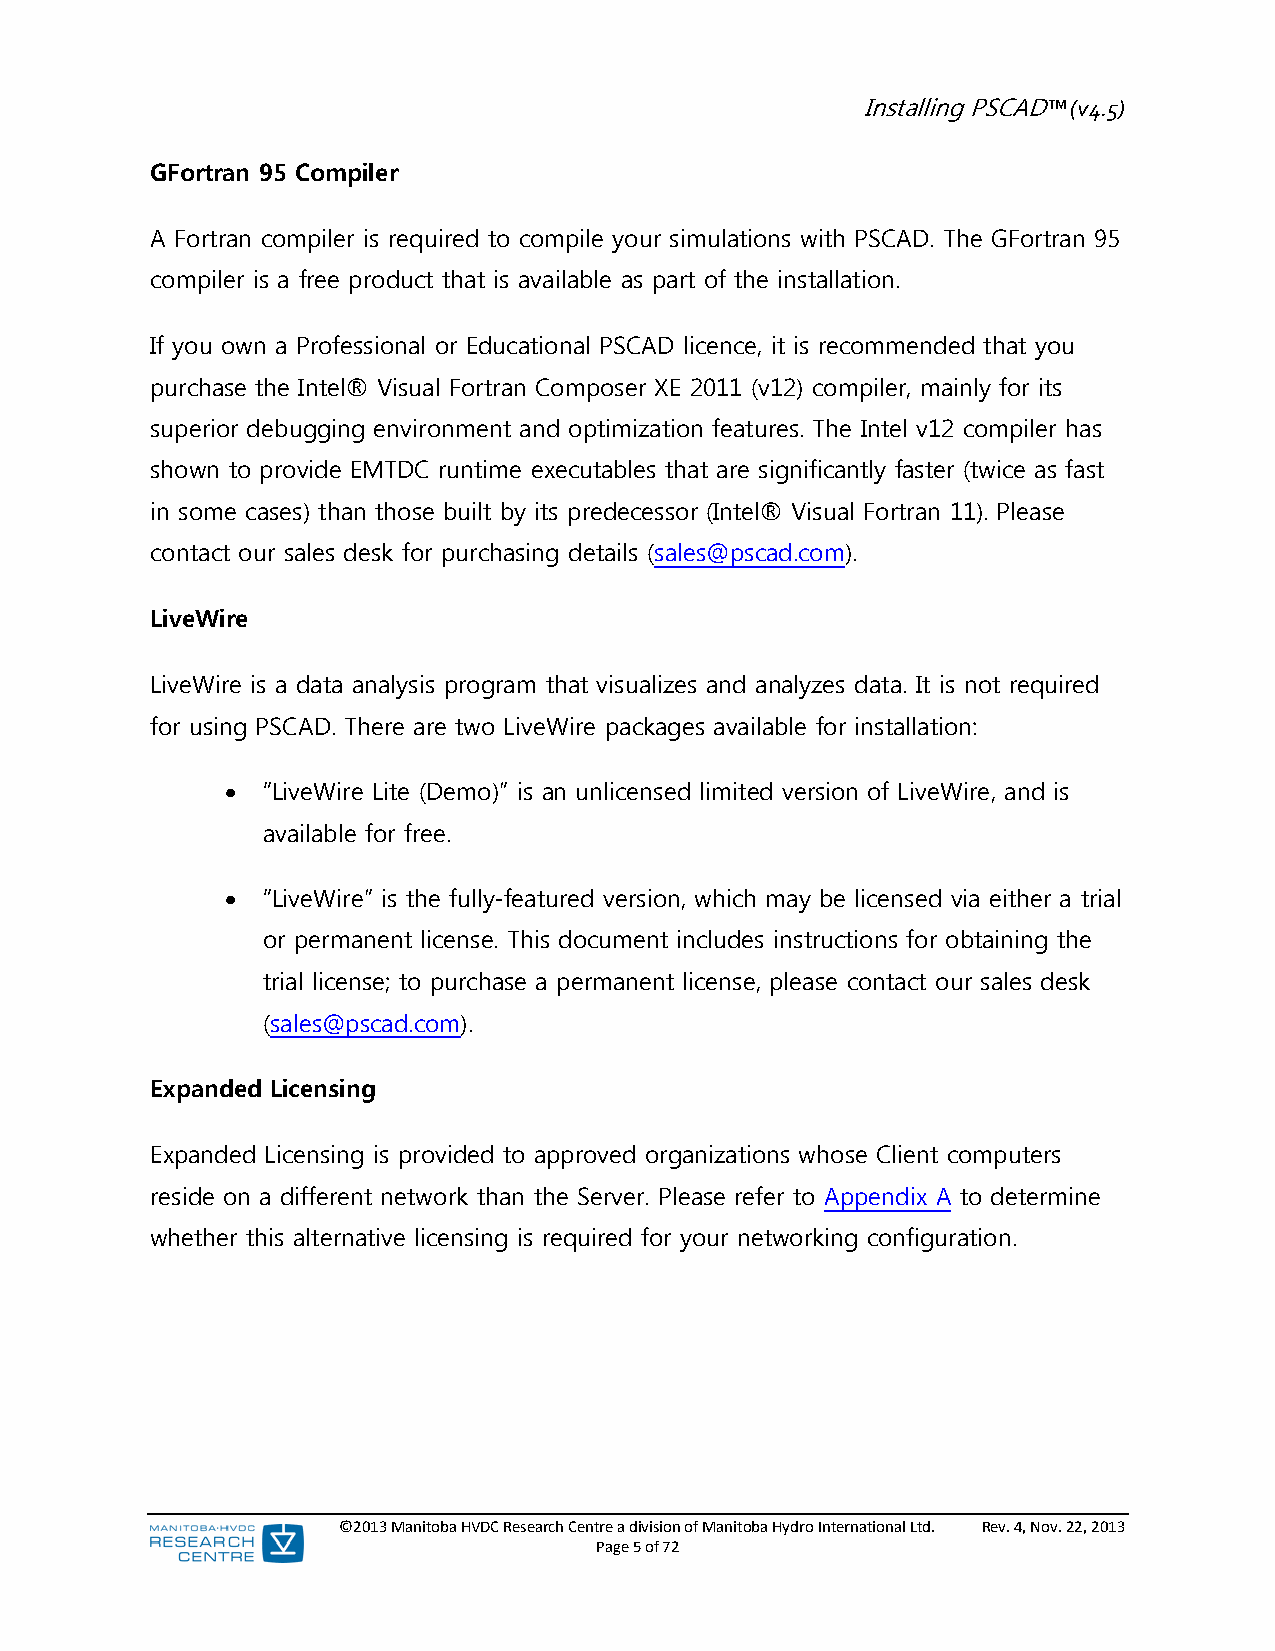
Installing PSCAD™ (v4.5)
 GFortran 95 Compiler
 A Fortran compiler is required to compile your simulations with PSCAD. The GFortran 95
 compiler is a free product that is available as part of the installation.
 If you own a Professional or Educational PSCAD licence, it is recommended that you
 purchase the Intel® Visual Fortran Composer XE 2011 (v12) compiler, mainly for its
 superior debugging environment and optimization features. The Intel v12 compiler has
 shown to provide EMTDC runtime executables that are significantly faster (twice as fast
 in some cases) than those built by its predecessor (Intel® Visual Fortran 11). Please
 contact our sales desk for purchasing details (sales@pscad.com).
 LiveWire
 LiveWire is a data analysis program that visualizes and analyzes data. It is not required
 for using PSCAD. There are two LiveWire packages available for installation:
  “LiveWire Lite (Demo)” is an unlicensed limited version of LiveWire, and is
 available for free.
  “LiveWire” is the fully-featured version, which may be licensed via either a trial
 or permanent license. This document includes instructions for obtaining the
 trial license; to purchase a permanent license, please contact our sales desk
 (sales@pscad.com).
 Expanded Licensing
 Expanded Licensing is provided to approved organizations whose Client computers
 reside on a different network than the Server. Please refer to Appendix A to determine
 whether this alternative licensing is required for your networking configuration.
 ©2013 Manitoba HVDC Research Centre a division of Manitoba Hydro International Ltd. Rev. 4, Nov. 22, 2013
 Page 5 of 72